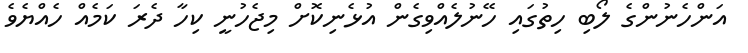
އަންހެނުންގެ ލޯބި ހިތުގައި ހޭނުލެއްވިގެން އުޅެނިކޮށް މިޖެހުނީ ކިހާ ދެރަ ކަމެއް ހެއްޔެވެ